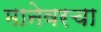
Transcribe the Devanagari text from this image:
मानेवरचा